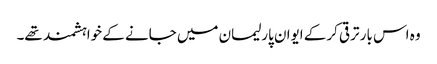
وہ اس بار ترقی کرکے ایوان پارلیمان میں جانے کے خواہشمند تھے۔